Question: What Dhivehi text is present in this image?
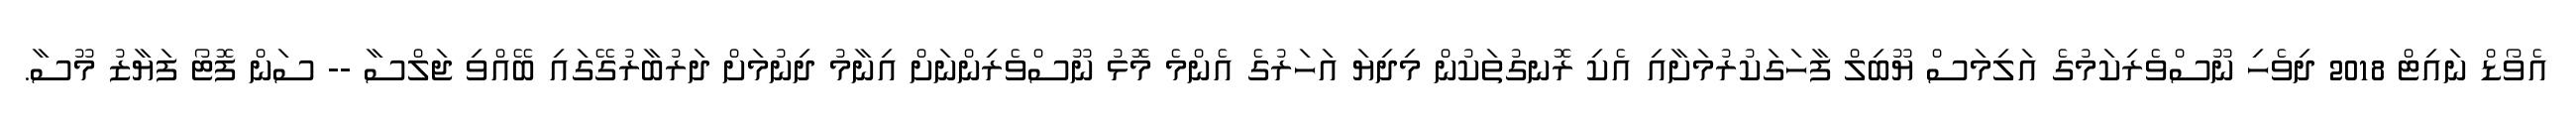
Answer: އެވޯޑް ނައިޓް 2018 ދިވެހި ނޫސްވެރިކަމުގެ އަލިމަސް ޔޫބިލް ފާހަގަކުރުމަށާއި އެކި ރޮނގުތަކުން މިދިޔަ އަހަރުގެ އެންމެ މޮޅު ނޫސްވެރިންނަށް އިނާމު ދިނުމަށް ދަރުބާރުގޭގައި ބޭއްވި ޖަލްސާ -- ސަން ފޮޓޯ ފަޔާޒު މޫސާ.